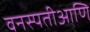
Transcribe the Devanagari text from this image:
वनस्पतीआणि